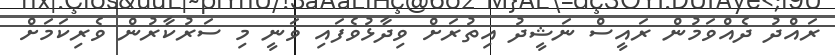
ރައްދު ދެއްވަމުން ރައީސް ނަޝީދު އިތުރަށް ވިދާޅުވެފައި ވަނީ މި ސަރުކާރުން ވެރިކަމަށް